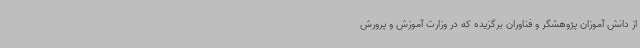
از دانش آموزان پژوهشگر و فناوران برگزیده که در وزارت آموزش و پرورش